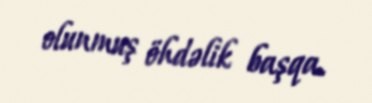
olunmuş öhdəlik başqa.